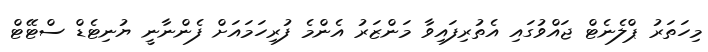
މިހަތަރު ޕްލެނެޓް ޖައްވުގައި އެތުރިފައިވާ މަންޒަރު އެންމެ ފުރިހަމައަށް ފެންނާނީ ޔުނިޓެޑް ސްޓޭޓް